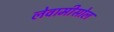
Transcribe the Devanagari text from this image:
लेवामीसोल